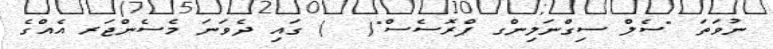
ނުވަތަ "ސެލް ސިގްނަލިންގ ޕްރޮސެސް"(  ) ގައި ދެވަނަ މެސެންޖަރ އެއްގެ